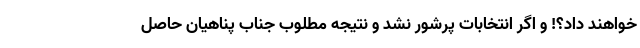
خواهند داد؟! و اگر انتخابات پرشور نشد و نتیجه مطلوب جناب پناهیان حاصل